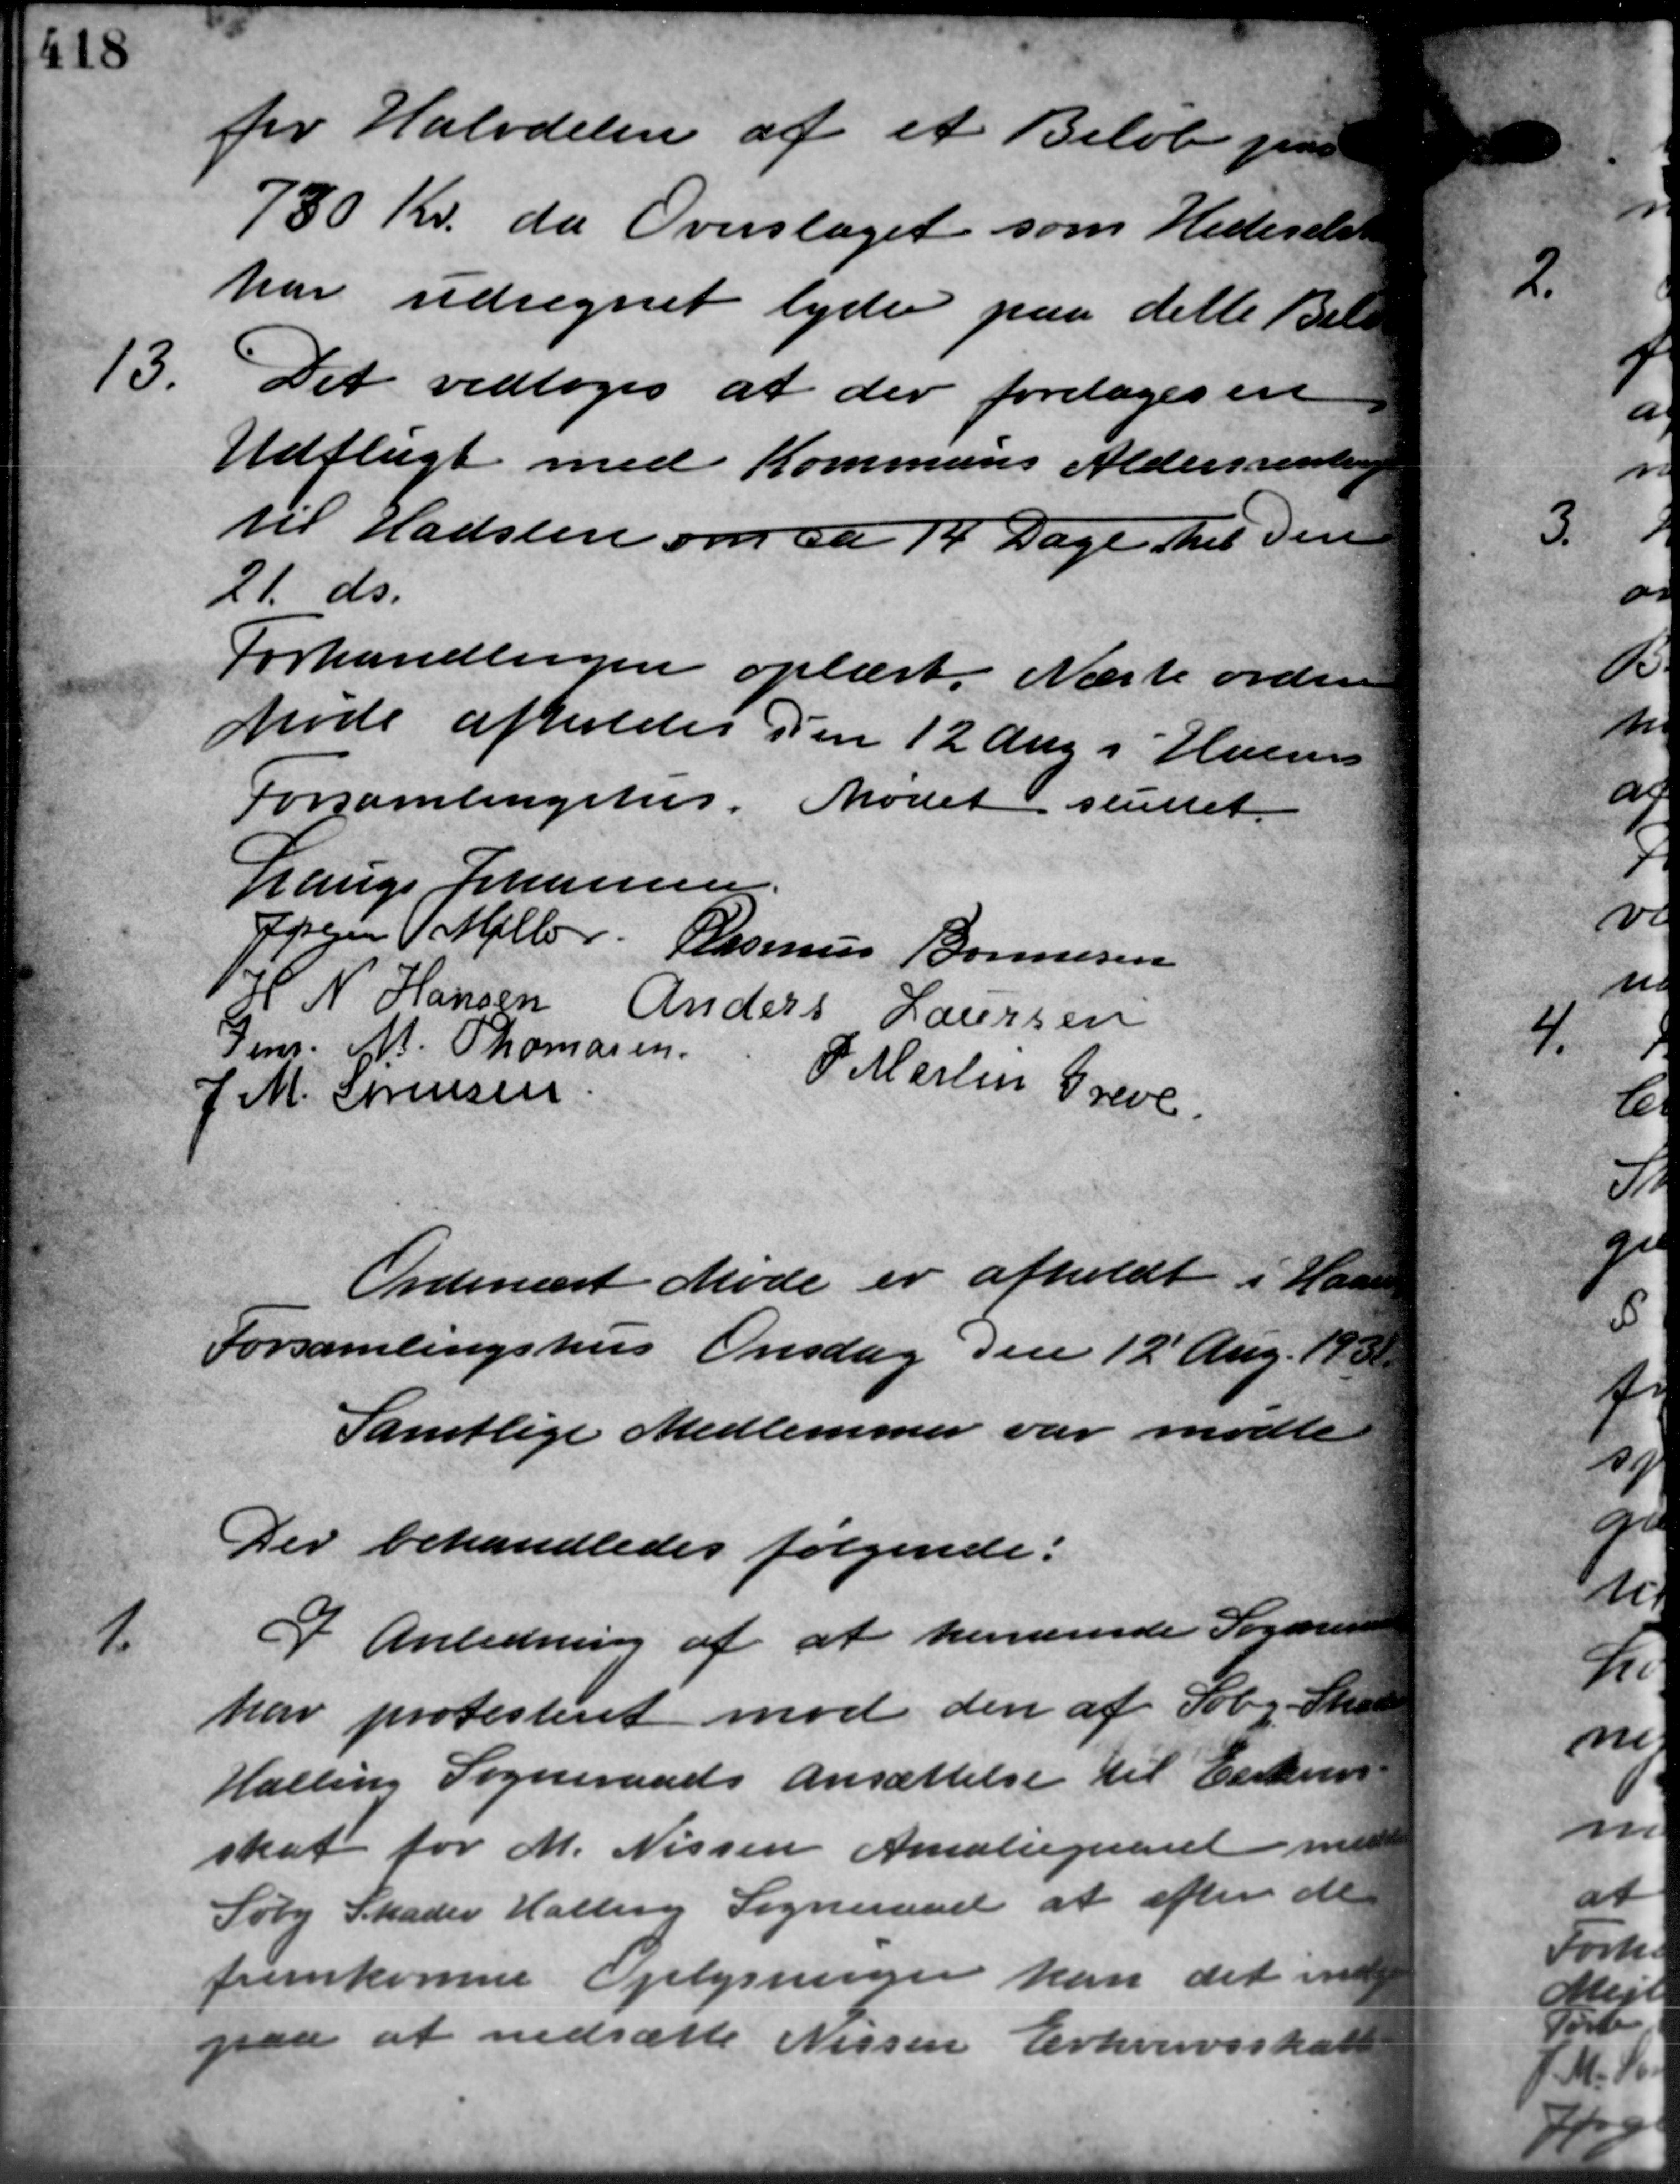
Transskription:
for Halvdelen af et Beløb paa
730 Kr. da Overslaget som Hedeselsk
har udregnet lyder paa dette Belø
13.
Det vedtoges at der foretages en
Udflugt med Kommunes Aldersrenten
til Hadsten om ca 14 Dage med den
21. ds.
Forhandlingen oplæst. Næste ordinære
Møde afholdes den 12 Aug i Helms
Forsamlingshus. Mødet sluttet.
Lauge Johannesen
Søren Møller Rasmus Bonnesen
S N Hansen Anders Laursen
Jens. M. Thomasen
P. Martin Greve.
J. M. Sørensen
Ordinært Møde er afholdt i Haa
Forsamlingshus Onsdag den 12´ Aug. 1931.
Samtlige Medlemmer var mødte
Der behandledes følgende:
1.
I Anledning af at herværende Sogneraa
har protesteret mod den af Søby Sko
Halling Sogneraads Ansættelse til Erskurs –
skat for M. Nissen Amaliegaard med
Søby Skader Halling Sogneraad at efter de
fremkomne Oplysninger kan det ind
paa at nedsætte Nissen Erhvervsskat